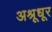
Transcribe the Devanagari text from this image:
अश्रूधूर